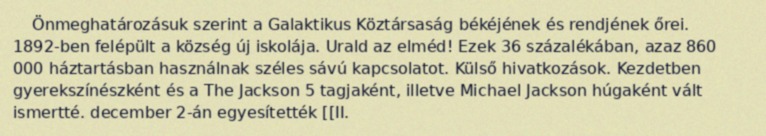
Önmeghatározásuk szerint a Galaktikus Köztársaság békéjének és rendjének őrei. 1892-ben felépült a község új iskolája. Urald az elméd! Ezek 36 százalékában, azaz 860 000 háztartásban használnak széles sávú kapcsolatot. Külső hivatkozások. Kezdetben gyerekszínészként és a The Jackson 5 tagjaként, illetve Michael Jackson húgaként vált ismertté. december 2-án egyesítették [[II.